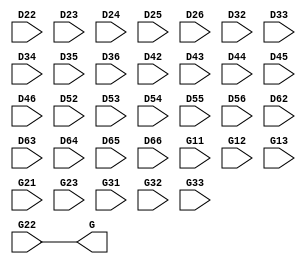
module G_at_RB_Hamilton_piplined (
    input [9:0] D22,D23,D24,D25,D26,
    input [9:0] D32,D33,D34,D35,D36,
    input [9:0] D42,D43,D44,D45,D46,
    input [9:0] D52,D53,D54,D55,D56,
    input [9:0] D62,D63,D64,D65,D66,
    
    input [9:0] G11,G12,G13, 
    input [9:0] G21,G22,G23, 
    input [9:0] G31,G32,G33, 
    output [9:0] G
);
/* 
    wire [10:0] H_cor, V_cor;
    wire [11:0] H_cor_full, V_cor_full;
    wire [11:0] H_operator, V_operator;
    wire [9:0] H_G_difference, V_G_difference;
    wire [10:0] H_R_sum, V_R_sum;
    wire [10:0] H_sum_G, V_sum_G;
    wire [11:0] G_full;

    assign H_cor_full = {1'b0, D44, 1'b0} - ({2'b0, D42} + {2'b0, D46});
    assign V_cor_full = {1'b0, D44, 1'b0} - ({2'b0, D24} + {2'b0, D64});

    assign H_cor = {H_cor_full[11], H_cor_full[11:2]};
    assign V_cor = {V_cor_full[11], V_cor_full[11:2]};

    assign H_G_difference = (D43 > D45) ? (D43 - D45) : (D45 - D43);
    assign V_G_difference = (D34 > D54) ? (D34 - D54) : (D54 - D34);

    wire [11:0] temp_H_cor_full = -H_cor_full;
    wire [11:0] temp_V_cor_full = -V_cor_full;

    assign H_R_sum = (H_cor_full[11]) ? temp_H_cor_full[10:0] : H_cor_full[10:0];
    assign V_R_sum = (V_cor_full[11]) ? temp_V_cor_full[10:0] : V_cor_full[10:0];

    assign H_operator = {2'b0, H_G_difference} + {1'b0, H_R_sum};
    assign V_operator = {2'b0, V_G_difference} + {1'b0, V_R_sum};

    assign H_sum_G = {1'b0, D43} + {1'b0, D45};
    assign V_sum_G = {1'b0, D34} + {1'b0, D54};

    assign G_full =  (H_operator < V_operator) ? ({1'b0, H_sum_G[10:1]} + H_cor) : 
                ((H_operator > V_operator) ?     ({1'b0, V_sum_G[10:1]} + V_cor) : 
                (H_sum_G[10:2] + H_cor[10:1] + V_sum_G[10:2] + V_cor[10:1]));


    //wire [12:0] G_full_2;

 // assign G_full =  (H_operator < V_operator) ? ({1'b0, H_sum_G[10:1]} + H_cor) :  ({1'b0, V_sum_G[10:1]} + V_cor) ;
//  assign G_full_2 = {G_full, 1'b0};

  assign G =  (G_full[11]) ? 10'd0 : (G_full[10] ? 10'h3FF : G_full[9:0]);
*/

/*
wire [10:0] deltaH;//
wire [10:0] deltaV;//

wire [9:0] deltaH_G;//
assign  deltaH_G = (D43>D45)?(D43-D45):(D45-D43);

wire [9:0] deltaV_G;//
assign  deltaV_G = (D34>D54)?(D34-D54):(D54-D34);

wire [11:0] t_deltaH_R;//
assign t_deltaH_R = {D44, 1'b0}-(D42+D46);

wire [11:0] t_deltaV_R;//
assign t_deltaV_R = {D44, 1'b0}-(D24+D64);

wire [11:0] deltaH_R;//
assign deltaH_R=t_deltaH_R[11]?-t_deltaH_R:t_deltaH_R;

wire [11:0] deltaV_R;//
assign deltaV_R=t_deltaV_R[11]?-t_deltaV_R:t_deltaV_R;

assign deltaH = deltaH_G +  deltaH_R;
assign deltaV = deltaV_G +  deltaV_R;

wire [12:0] G_full;
assign G_full=(deltaH<deltaV)?  D43[9:1]+D45[9:1] + {{3{t_deltaH_R[11]}},t_deltaH_R[11:2]}:
         ((deltaH>deltaV)? D34[9:1]+D54[9:1] + {{3{t_deltaV_R[11]}}, t_deltaV_R[11:2]}:
        D43[9:2]+D45[9:2]+ D34[9:2]+D54[9:2] + {{4{t_deltaH_R[11]}}, t_deltaH_R[11:3]} + {{4{t_deltaV_R[11]}}, t_deltaV_R[11:3]});

assign G = (G_full[12])?10'b0:
          ((G_full[11] | G_full[10])?10'h3FF:
          G_full[9:0]);
*/
assign G = G22;
endmodule